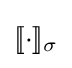
[\![\cdot ]\!]_{\sigma }